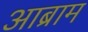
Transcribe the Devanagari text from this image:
आब्राम